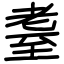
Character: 耋